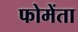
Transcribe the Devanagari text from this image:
फोमेंता